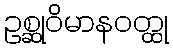
ဥစ္ဆုဝိမာနဝတ္ထု